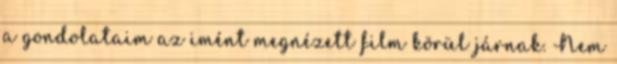
a gondolataim az imént megnézett film körül járnak. Nem